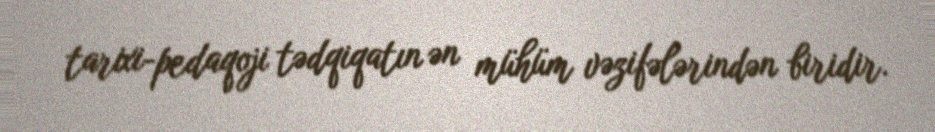
tarixi-pedaqoji tədqiqatın ən mühüm vəzifələrindən biridir.